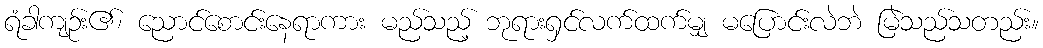
ရံခါကျဉ်း၏၊ ညောင်စောင်းနေရာကား မည်သည့် ဘုရားရှင်လက်ထက်မျှ မပြောင်းလဲဘဲ မြဲသည်သတည်း။